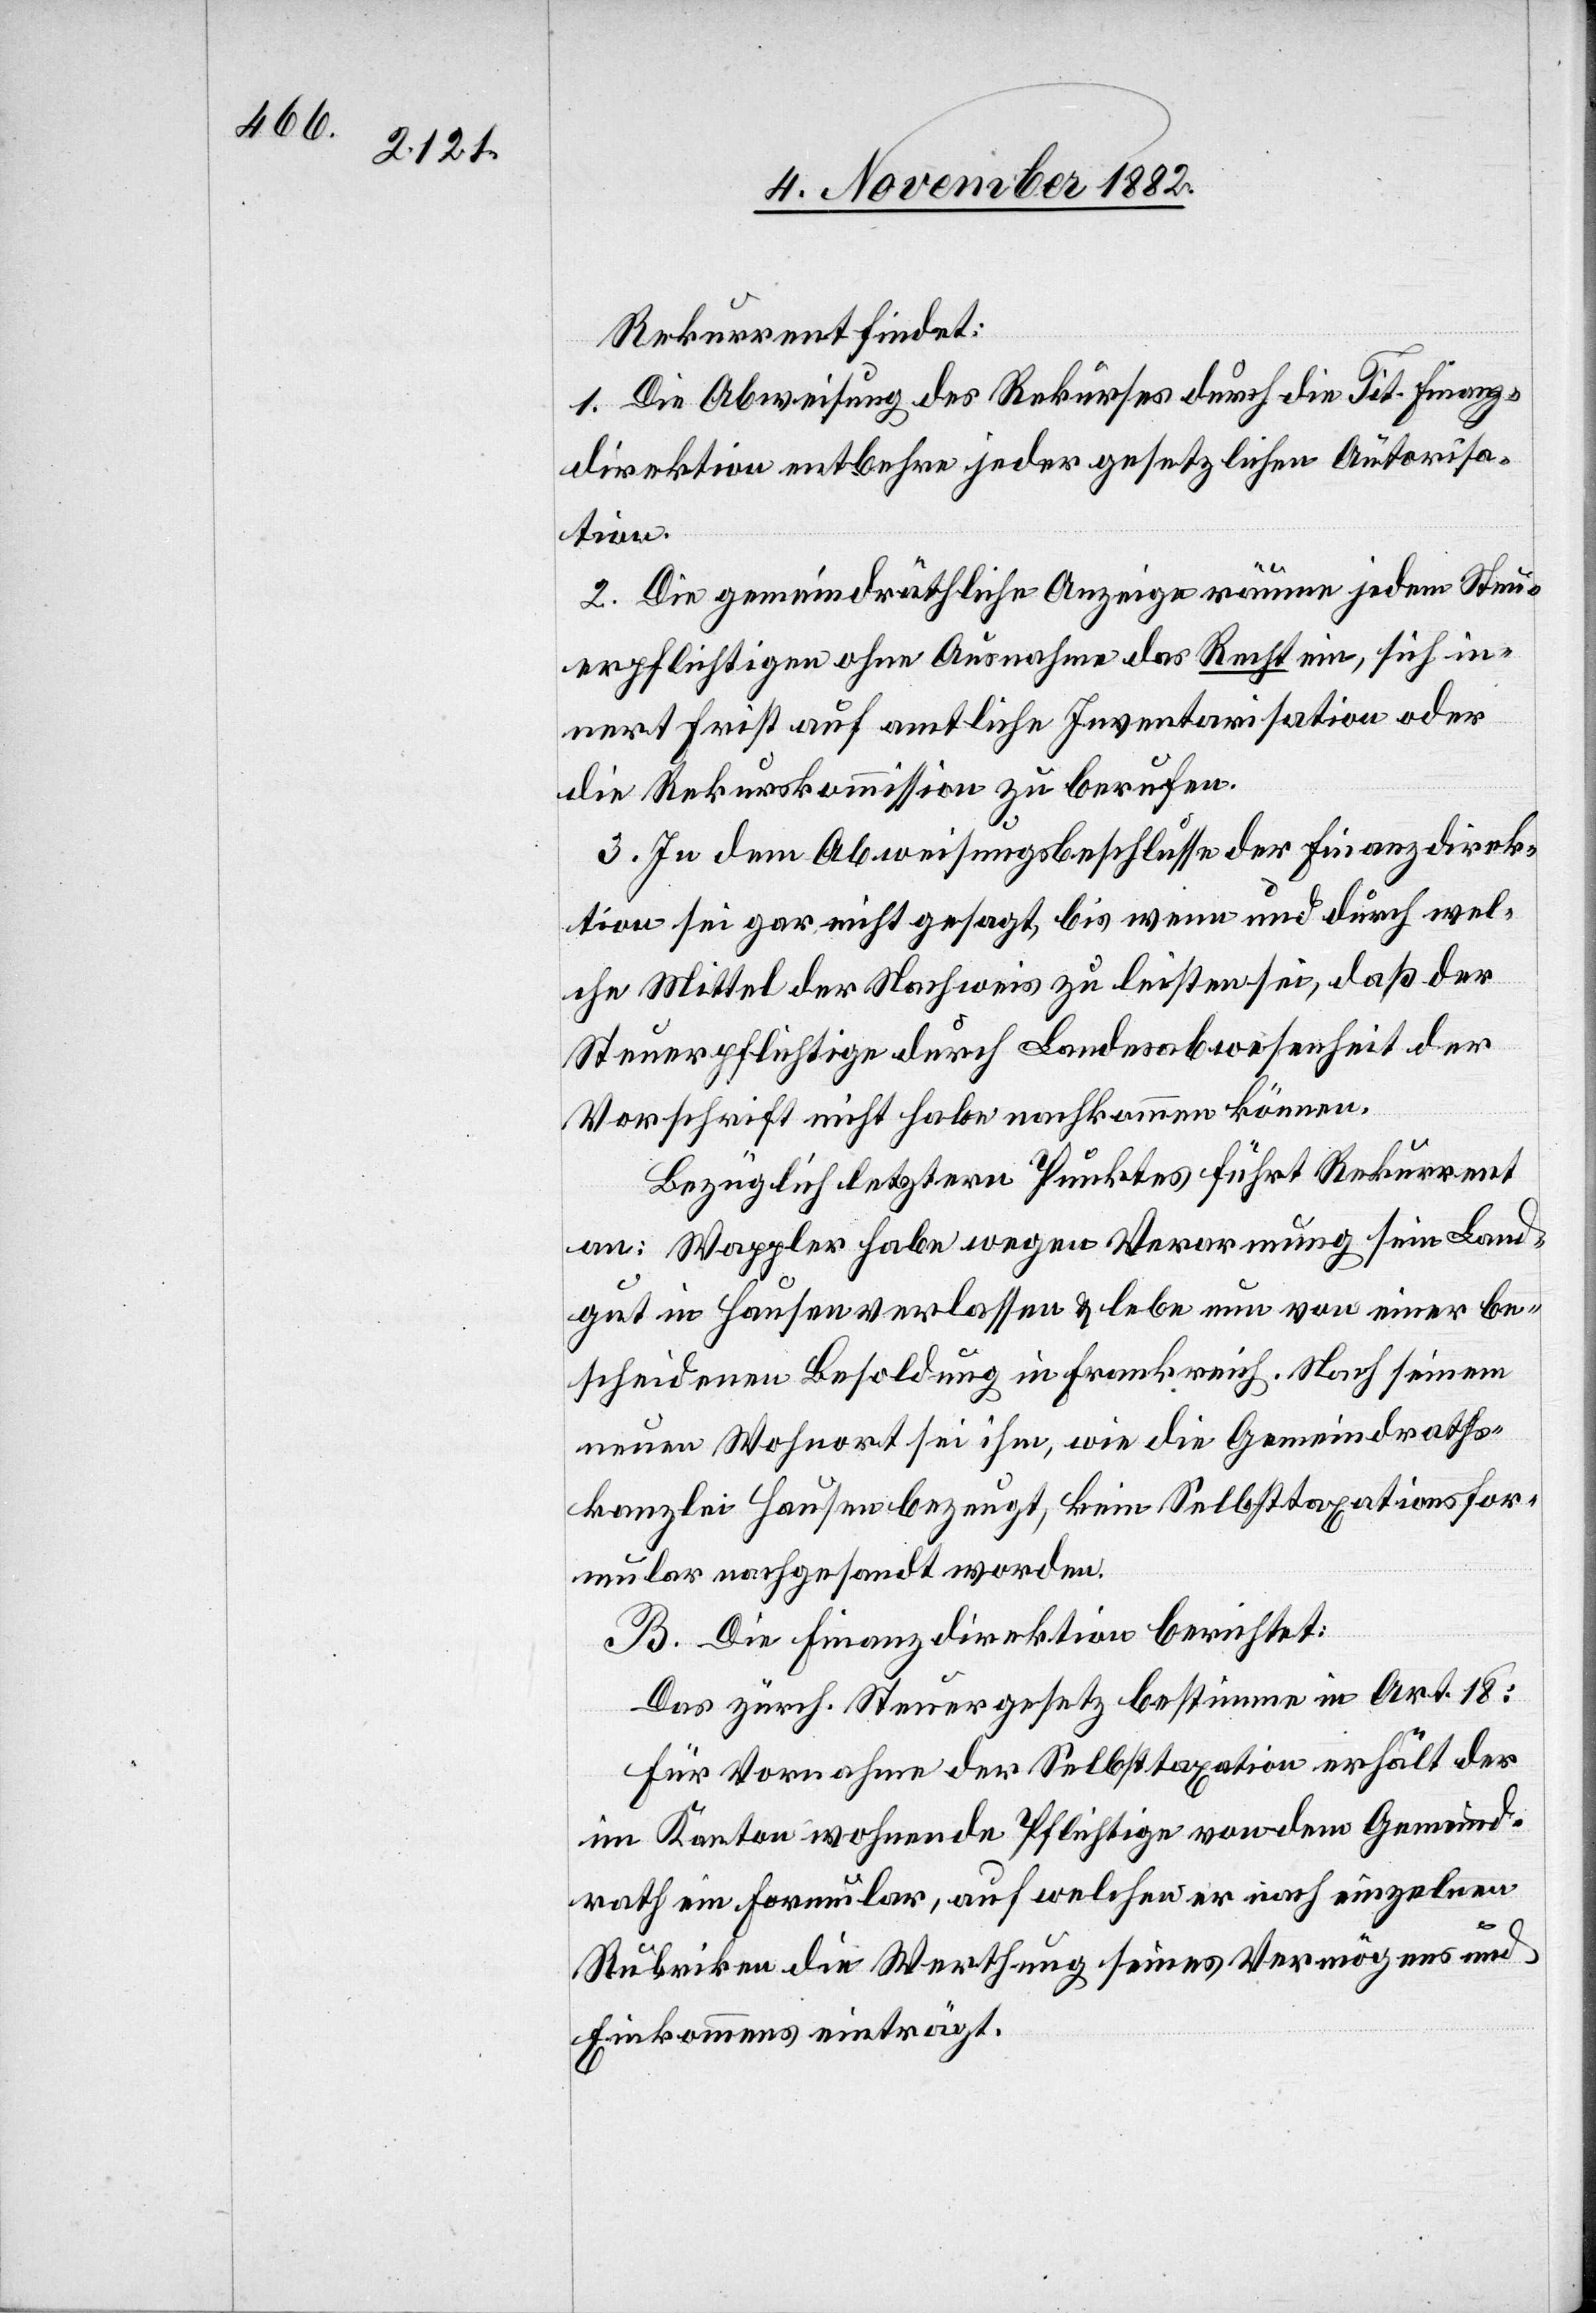
Rekurrent findet:
1. Die Abweisung des Rekurses durch die Tit. Finanz¬
direktion entbehre jeder gesetzlichen Autorisa¬
tion.
2. Die gemeindräthliche Anzeige räume jedem Steu¬
erpflichtigen ohne Ausnahme das Recht ein, sich in¬
nert Frist auf amtliche Inventarisation oder
die Rekurskommission zu berufen.
3. in dem Abweisungsbeschlusse der Finanzdirek¬
tion sei gar nicht gesagt, bis wenn und durch wel¬
che Mittel der Nachweis zu leisten sei, daß der
Steuerpflichtige durch Landesabwesenheit der
Vorschrift nicht habe nachkommen können.
Bezüglich letztern Punktes führt Rekurrent
an: Wappler habe wegen Verordnung sein Land¬
gut in Hausen verlassen & lebe nun von einer be¬
scheidenen Besoldung in Frankreich. Nach seinem
neuen Wohnort sei ihm, wie die Gemeindraths¬
kanzlei Hausen bezeugt, kein Selbsttaxationsfor¬
mular nachgesandt worden.
B. Die Finanzdirektion berichtet:
Das zürch. Steuergesetz bestimme in Art. 18:
Für Vornahme der Selbsttaxation erhält der
im Kanton wohnende Pflichtige von dem Gemeind¬
rath ein Formular, auf welchem er nach einzelnen
Rubriken die Werthung seines Vermögens und
Einkommens einträgt.